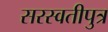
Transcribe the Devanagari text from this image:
सरस्वतीपुत्र